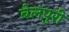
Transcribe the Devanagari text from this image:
बेलपुरी